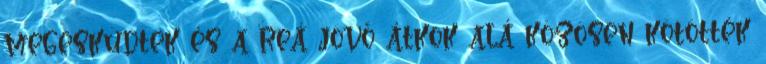
megesküdtek és a reá jövő átkok alá közösen kötötték